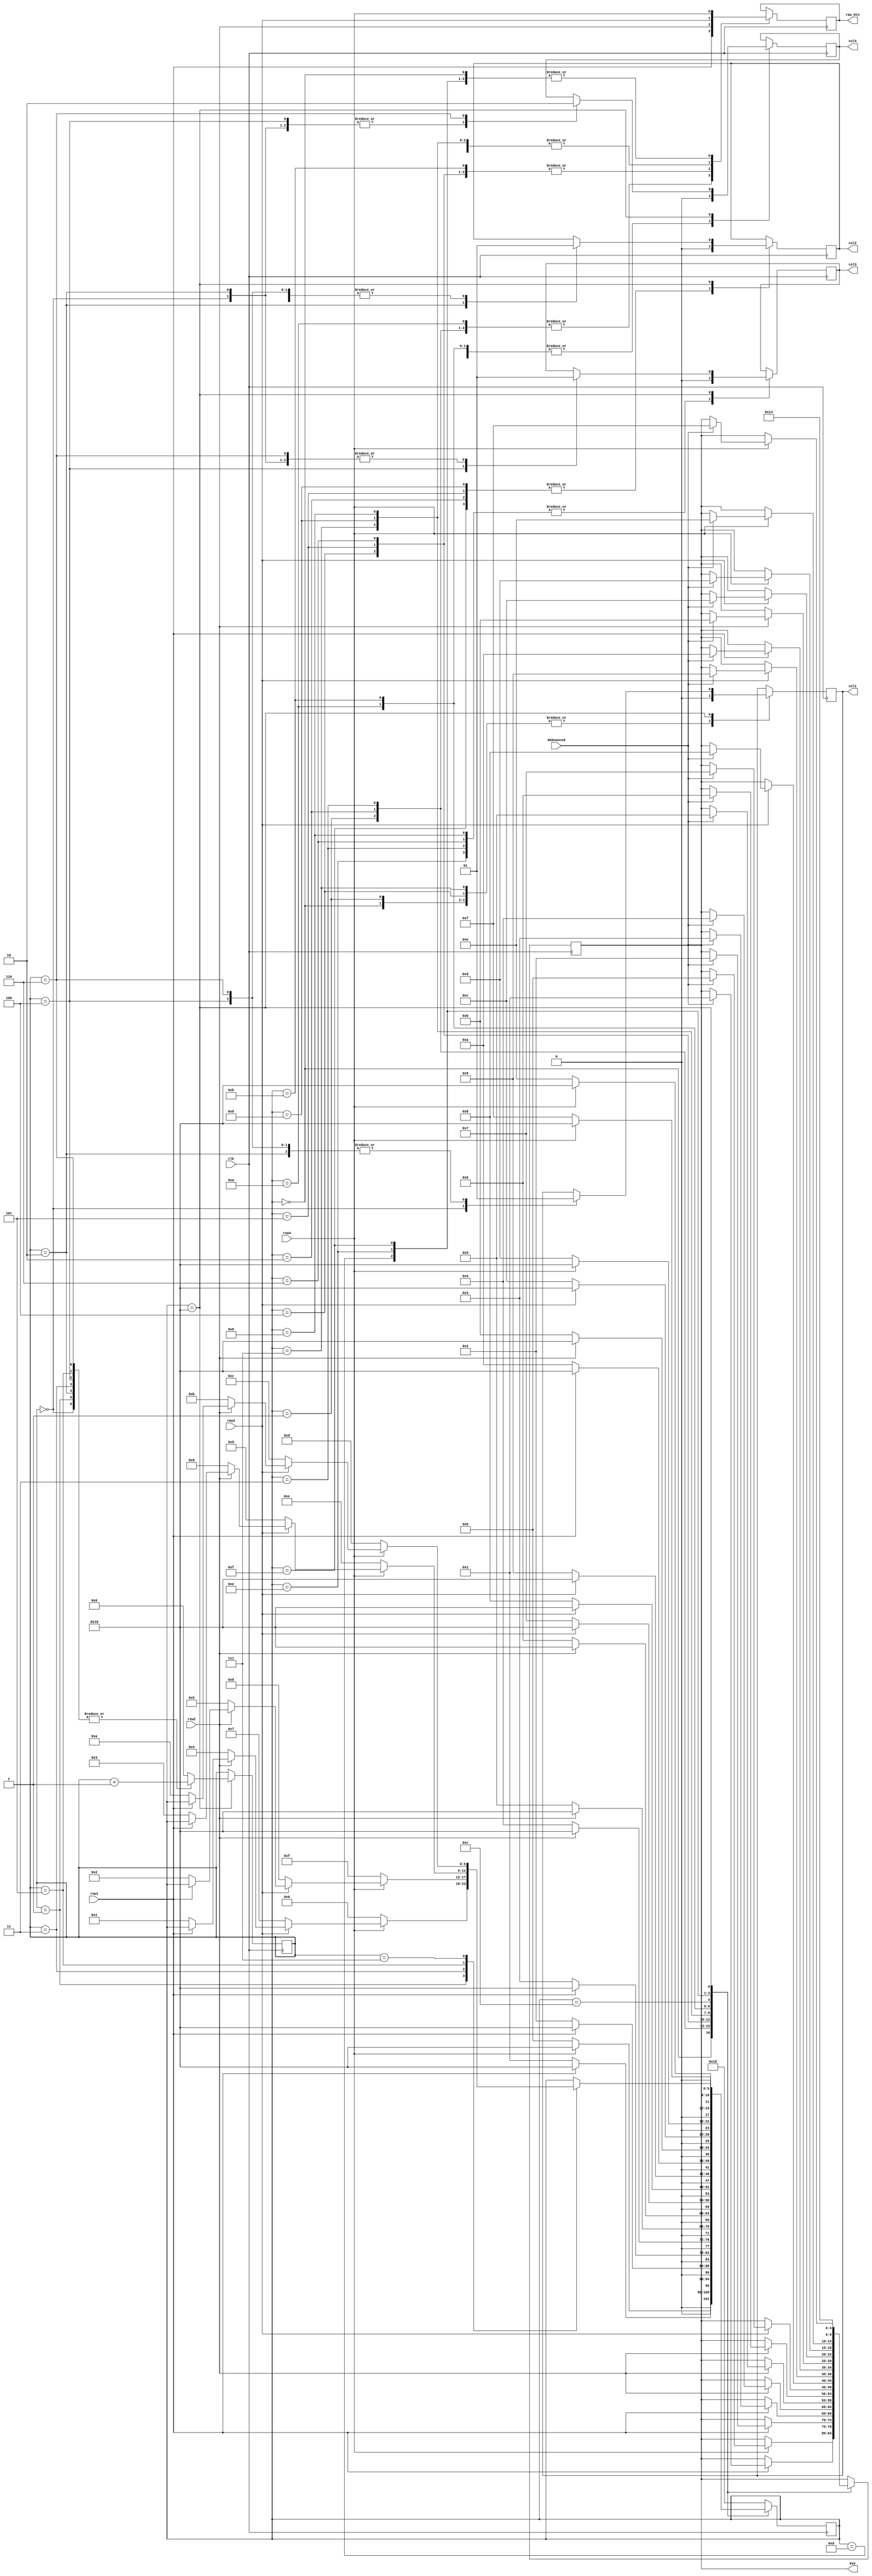
`timescale 1ns / 1ps

module col_switcher(clk, debounced, row1, row2, row3, row4, key, col1, col2, col3, col4, raw_btn);
input clk, row1, row2, row3, row4, debounced;
output [4:0]key;
output col1, col2, col3, col4, raw_btn;
reg [4:0]key;
reg [3:0]count;
reg [5:0]last_btn;
reg col1, col2, col3, col4, raw_btn ;


always @(posedge clk) begin
    case(last_btn)          //Last key read in
        0   : begin
            col1 <= 0;      //Sets the correct column low to continue reading key 0
            raw_btn <= row4;
            if(row4 == 0) begin     //If the 0 key is pressed
                last_btn <= 0;      //Stay in this case
            end
            else begin
                last_btn <= 16;     //Otherwise exit and check all keys
                if(debounced) begin     //raw_btn is fed into the debouncer module, once the key has been debounced, 
                                    //output the correct key
                key <= 0;      //Key 0
                end
            end
            
        end    
        1   : begin
            col1 <= 0;
            raw_btn <= row1;
            if(row1 == 0) begin
                last_btn <= 1;    
            end
            else begin
                last_btn <= 16;
                if(debounced) begin
                    key <= 1;      //Key 1
                end
            end
            
        end 
        2   : begin
            col2 <= 0;
            raw_btn <= row1;
            if(row1 == 0) begin
                last_btn <= 2;    
            end
            else begin
                last_btn <= 16;
                if(debounced) begin
                key <= 2;      //Key 2
            end
            end
            
        end 
        3   : begin
            col3 <= 0;
            raw_btn <= row1;
            if(row1 == 0) begin
                last_btn <= 3;    
            end
            else begin
                last_btn <= 16;
                if(debounced) begin
                key <= 3;      //Key 3
            end
            end
            
        end 
        4   : begin
            col1 <= 0;
            raw_btn <= row2;
            if(row2 == 0) begin
                last_btn <= 4;    
            end
            else begin
                last_btn <= 16;
                if(debounced) begin
                key <= 4;      //Key 4
            end
            end
            
        end 
        5   : begin
            col2 <= 0;
            raw_btn <= row2;
            if(row2 == 0) begin
                last_btn <= 5;    
            end
            else begin
                last_btn <= 16;
                if(debounced) begin
                key <= 5;      //Key 5
            end
            end
            
        end 
        6   : begin
            col3 <= 0;
            raw_btn <= row2;
            if(row2 == 0) begin
                last_btn <= 6;    
            end
            else begin
                last_btn <= 16;
                if(debounced) begin
                key <= 6;      //Key 6
            end
            end
            
        end 
        7   : begin
            col1 <= 0;
            raw_btn <= row3;
            if(row3 == 0) begin
                last_btn <= 7;    
            end
            else begin
                last_btn <= 16;
                if(debounced) begin
                key <= 7;      //Key 7
            end
            end
            
        end 
        8   : begin
            col2 <= 0;
            raw_btn <= row3;
            if(row3 == 0) begin
                last_btn <= 8;    
            end
            else begin
                last_btn <= 16;
                if(debounced) begin
                key <= 8;      //Key 8
            end
            end
            
        end 
        9   : begin
            col3 <= 0;
            raw_btn <= row3;
            if(row3 == 0) begin
                last_btn <= 9;    
            end
            else begin
                last_btn <= 16;
                if(debounced) begin
                key <= 9;      //Key 9
            end
            end
            
        end 
        10  : begin
            col4 <= 0;
            raw_btn <= row1;
            if(row1 == 0) begin
                last_btn <= 10;    
            end
            else begin
                last_btn <= 16;
                if(debounced) begin
                key <= 10;      //Key A
            end
            end
            
        end     
        11  : begin
            col4 <= 0;
            raw_btn <= row2;
            if(row2 == 0) begin
                last_btn <= 11;    
            end
            else begin
                last_btn <= 16;
                if(debounced) begin
                key <= 11;      //Key B
            end
            end
            
        end 
        12  : begin
            col4 <= 0;
            raw_btn <= row3;
            if(row3 == 0) begin
                last_btn <= 12;    
            end
            else begin
                last_btn <= 16;
                if(debounced) begin
                key <= 12;      //Key C
            end
            end
            
        end 
        13  : begin
            col4 <= 0;
           raw_btn <= row4;
            if(row4 == 0) begin
                last_btn <= 13;    
            end
            else begin
                last_btn <= 16;
                if(debounced) begin
                key <= 13;      //Key D
            end
            end
            
        end 
        14  : begin
            col3 <= 0;
            raw_btn <= row4;
            if(row4 == 0) begin
                last_btn <= 14;    
            end
            else begin
                last_btn <= 16;
                if(debounced) begin
                key <= 14;      //Key E
            end
            end
            
        end 
        15  : begin
            col2 <= 0;
            raw_btn <= row4;
            if(row4 == 0) begin
                last_btn <= 15;    
            end
            else begin
                last_btn <= 16;
                if(debounced) begin
                key <= 15;      //Key F
            end
            end
            
        end 
        16  : begin         //Cycles through all columns and reads each row to check for a keypress
        key <=20;
            case(count)
                0:begin
                    
                    col1<=0;    //Set column 1 to low
                    col2<=1;    //Keep all other columns high
                    col3<=1;
                    col4<=1;
                    count<=count +1;    //Increment to next case
                end
                1:begin
                    if(row1 == 0) last_btn <= 1;    //Read each row and set the corresponding key
                    if(row2 == 0) last_btn <= 4;
                    if(row3 == 0) last_btn <= 7;
                    if(row4 == 0) last_btn <= 0;
                    count<=count +1;    //Increment to next case
                end
                2:begin
                    col1<=1;    
                    col2<=0;    //Set column 2 to low
                    col3<=1;    //Keep all other columns high
                    col4<=1;
                    count<=count +1;
                end
                3:begin
                    if(row1 == 0) last_btn <= 2;    //Read each row
                    if(row2 == 0) last_btn <= 5;
                    if(row3 == 0) last_btn <= 8;
                    if(row4 == 0) last_btn <= 15;
                    count<=count +1;    //Increment to next case
                end
                4:begin
                    col1<=1;  
                    col2<=1;
                    col3<=0;
                    col4<=1;
                    count<=count +1;
                end
                5:begin
                    if(row1 == 0) last_btn <= 3;
                    if(row2 == 0) last_btn <= 6;
                    if(row3 == 0) last_btn <= 9;
                    if(row4 == 0) last_btn <= 14;
                    count<=count +1;
                
                end
                6:begin
                    col1<=1;  
                    col2<=1;
                    col3<=1;
                    col4<=0;
                    count<=count +1;
                end
                7:begin
                    if(row1 == 0) last_btn <= 10;
                    if(row2 == 0) last_btn <= 11;
                    if(row3 == 0) last_btn <= 12;
                    if(row4 == 0) last_btn <= 13;
                    count<=0;
                
                end
                
                default: count <= 0;    //Defaults to the first case
            endcase
        end
        default: last_btn <= 16;    //Default to case 16 (read all keys)
    endcase
end
endmodule